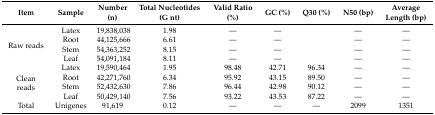
| Item | Sample | Number (n) | Total Nucleotides (G nt) | Valid Ratio (%) | GC (%) | Q30 (%) | N50 (bp) | Average Length (bp) |
 | --- | --- | --- | --- | --- | --- | --- | --- | --- |
 | <ROWSPAN=4> Raw reads | Latex | 19,838,038 | 1.98 | — | — |  | — | — |
 | Root | 44,125,666 | 6.61 | — | — |  | — | — |
 | Stem | 54,363,252 | 8.15 | — | — |  | — | — |
 | Leaf | 54,091,184 | 8.11 | — | — |  | — | — |
 | <ROWSPAN=4> Clean reads | Latex | 19,590,464 | 1.95 | 98.48 | 42.71 | 96.34 | — | — |
 | Root | 42,271,760 | 6.34 | 95.92 | 43.15 | 89.50 | — | — |
 | Stem | 52,432,630 | 7.86 | 96.44 | 42.98 | 90.12 | — | — |
 | Leaf | 50,429,140 | 7.56 | 93.22 | 43.53 | 87.22 | — | — |
 | Total | Unigenes | 91,619 | 0.12 | — | — | — | 2099 | 1351 |